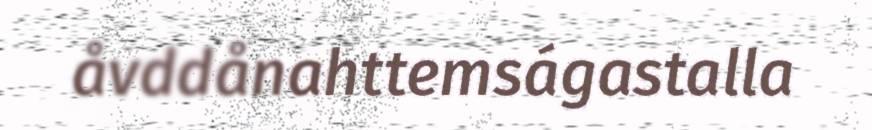
åvddånahttemságastalla